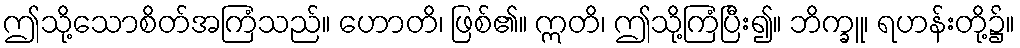
ဤသို့သောစိတ်အကြံသည်။ ဟောတိ၊ ဖြစ်၏။ ဣတိ၊ ဤသို့ကြံပြီး၍။ ဘိက္ခူ၊ ရဟန်းတို့၌။